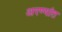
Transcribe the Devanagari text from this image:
अरण्यांत